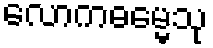
လောကဓမ္မေသု